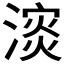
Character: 𪷅